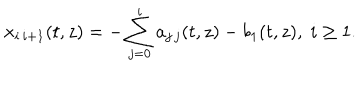
x _ { i \, i + 1 } ( t , z ) = - \sum _ { j = 0 } ^ { i } a _ { j \, j } ( t , z ) - b _ { 1 } ( t , z ) , \; i \geq 1 .